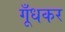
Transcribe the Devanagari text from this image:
गूँधकर